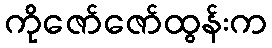
ကိုဇော်ဇော်ထွန်းက